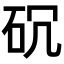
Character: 𥐱